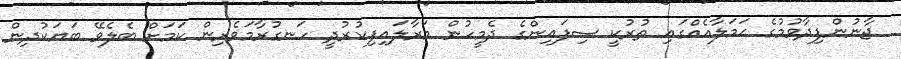
ޖާނުންފިދާވުމުގެ ޙަމަލާއެއްގައި ތުރުކީ ސިފައިންގެ ދެމީހުން މަރާލައިފިކުރުދީ ހަނގުރާމަވެރިން ކަމަށް ބެލެވޭ ބަޔަކުދިން